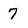
Character: 7